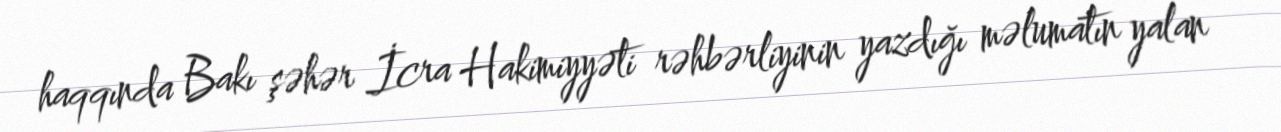
haqqında Bakı şəhər İcra Hakimiyyəti rəhbərliyinin yazdığı məlumatın yalan